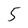
Character: 5